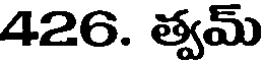
426. త్వమ్